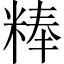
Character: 𰪾